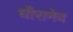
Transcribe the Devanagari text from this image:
धीरानेव